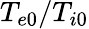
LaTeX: T_{e0}/T_{i0}